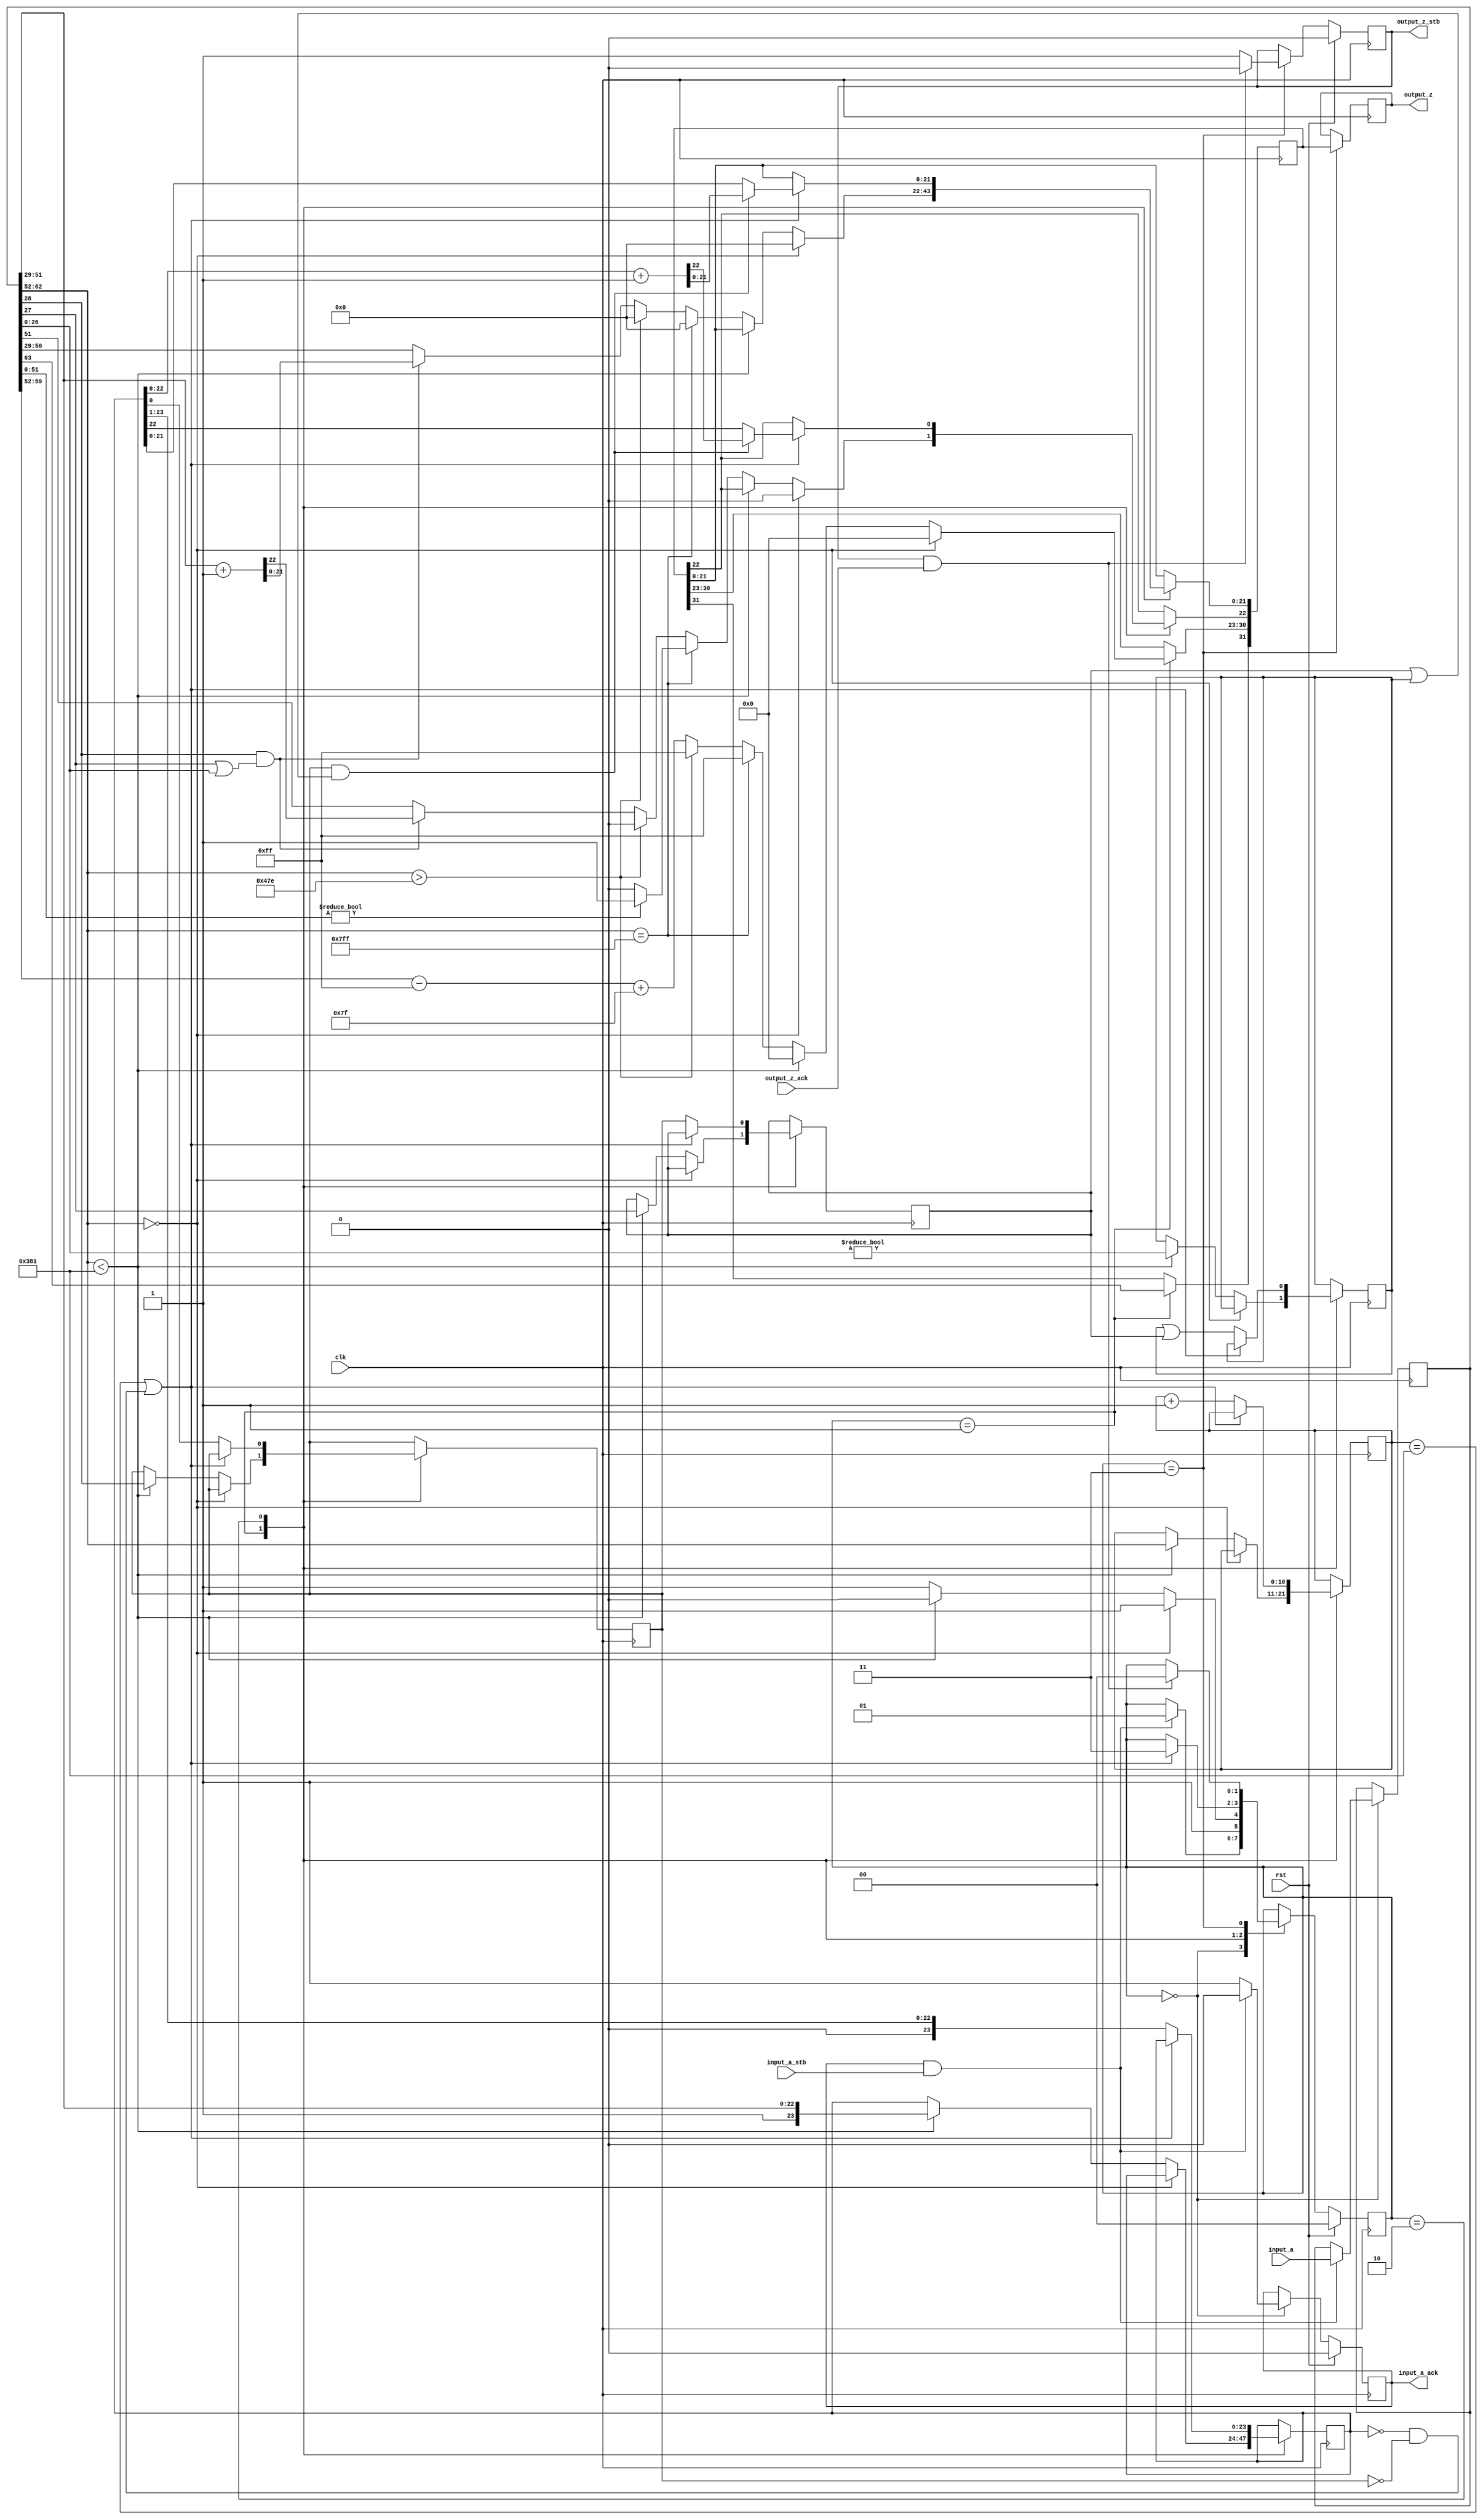
module double_to_float(
        input_a,
        input_a_stb,
        output_z_ack,
        clk,
        rst,
        output_z,
        output_z_stb,
        input_a_ack);

  input     clk;
  input     rst;

  input     [63:0] input_a;
  input     input_a_stb;
  output    input_a_ack;

  output    [31:0] output_z;
  output    output_z_stb;
  input     output_z_ack;

  reg       s_output_z_stb;
  reg       [31:0] s_output_z;
  reg       s_input_a_ack;

  reg       [1:0] state;
  parameter get_a         = 3'd0,
            unpack        = 3'd1,
            denormalise   = 3'd2,
            put_z         = 3'd3;

  reg [63:0] a;
  reg [31:0] z;
  reg [10:0] z_e;
  reg [23:0] z_m;
  reg guard;
  reg round;
  reg sticky;

  always @(posedge clk)
  begin

    case(state)

      get_a:
      begin
        s_input_a_ack <= 1;
        if (s_input_a_ack && input_a_stb) begin
          a <= input_a;
          s_input_a_ack <= 0;
          state <= unpack;
        end
      end

      unpack:
      begin
        z[31] <= a[63];
        state <= put_z;
        if (a[62:52] == 0) begin
            z[30:23] <= 0;
            z[22:0] <= 0;
        end else if (a[62:52] < 897) begin
            z[30:23] <= 0;
            z_m <= {1'd1, a[51:29]};
            z_e <= a[62:52];
            guard <= a[28];
            round <= a[27];
            sticky <= a[26:0] != 0;
            state <= denormalise;
        end else if (a[62:52] == 2047) begin
            z[30:23] <= 255;
            z[22:0] <= 0;
            if (a[51:0]) begin
                z[22] <= 1;
            end
        end else if (a[62:52] > 1150) begin
            z[30:23] <= 255;
            z[22:0] <= 0;
        end else begin
            z[30:23] <= (a[62:52] - 1023) + 127;
            if (a[28] && (a[27] || a[26:0])) begin
                z[22:0] <= a[51:29] + 1;
            end else begin
                z[22:0] <= a[51:29];
            end
        end
      end

      denormalise:
      begin
        if (z_e == 897 || (z_m == 0 && guard == 0)) begin
            state <= put_z;
            z[22:0] <= z_m;
            if (guard && (round || sticky)) begin
                z[22:0] <= z_m + 1;
            end
        end else begin
            z_e <= z_e + 1;
            z_m <= {1'd0, z_m[23:1]};
            guard <= z_m[0];
            round <= guard;
            sticky <= sticky | round;
        end
      end

      put_z:
      begin
        s_output_z_stb <= 1;
        s_output_z <= z;
        if (s_output_z_stb && output_z_ack) begin
          s_output_z_stb <= 0;
          state <= get_a;
        end
      end

    endcase

    if (rst == 1) begin
      state <= get_a;
      s_input_a_ack <= 0;
      s_output_z_stb <= 0;
    end

  end
  assign input_a_ack = s_input_a_ack;
  assign output_z_stb = s_output_z_stb;
  assign output_z = s_output_z;

endmodule